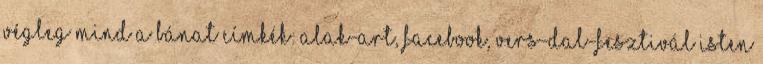
végleg mind a bánat Címkék: alak-art, facebook, vers-dal-fesztivál Isten